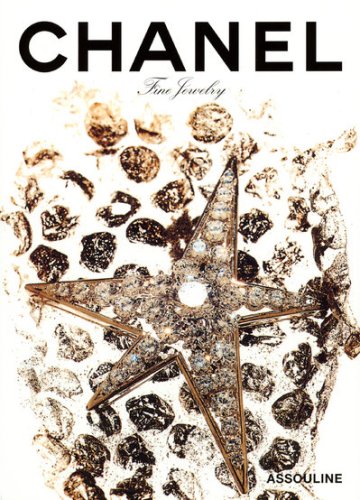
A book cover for Chanel Fine Jewelry (Memoirs); Francoise Aveline; Health, Fitness & Dieting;